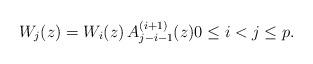
LaTeX: \begin{align*}W_{j}(z) & =W_{i}(z)\,A_{j-i-1}^{(i+1)}(z) 0\leq i<j\leq p.\end{align*}